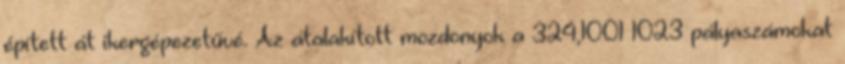
épített át ikergépezetűvé. Az átalakított mozdonyok a 324,1001–1023 pályaszámokat